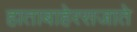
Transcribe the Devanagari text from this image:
हाताबाहेरसजाते